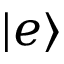
\left| e \right\rangle